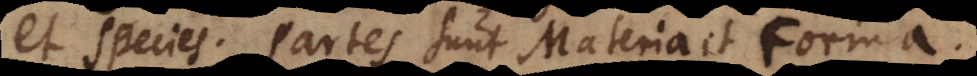
et species. Partes sunt Materia et Forma.